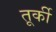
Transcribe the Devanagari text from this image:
तूर्की